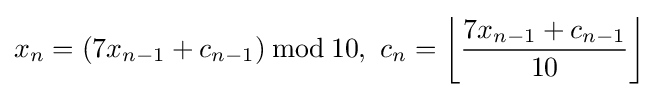
x_{n}=(7x_{n-1}+c_{n-1})\,{\bmod {\,}}10,\ c_{n}=\left\lfloor {\frac {7x_{n-1}+c_{n-1}}{10}}\right\rfloor